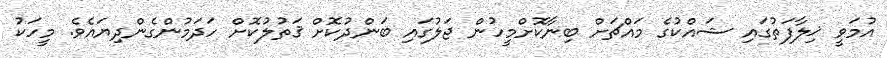
އުމަވީ ޚިލާފަތުގައި ޝައްކުގެ މައްޗަށް ބިނާކޮށްމީހުން ޖަލުގައި ބަންދުކޮށް ޤަތުލުކޮށް ހަދަމުންގެންދިޔައެވެ. މީހަކު